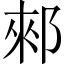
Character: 郲